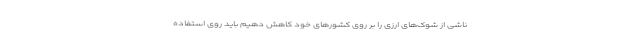
ناشی از شوک‌های ارزی را بر روی کشور‌های خود کاهش دهیم باید روی استفاده